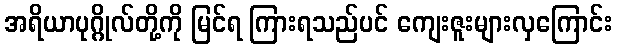
အရိယာပုဂ္ဂိုလ်တို့ကို မြင်ရ ကြားရသည်ပင် ကျေးဇူးများလှကြောင်း